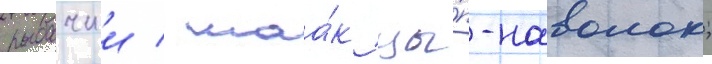
рыбачии / маа́к цы́п-наволок;